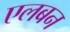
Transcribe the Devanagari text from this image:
एलबन